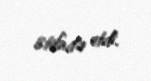
istifadə etdi.